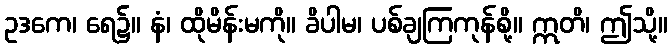
ဥဒကေ၊ ရေ၌။ နံ၊ ထိုမိန်းမကို။ ခိပါမ၊ ပစ်ချကြကုန်စို့။ ဣတိ၊ ဤသို့။